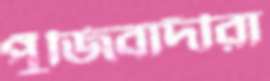
পুঁজিবাদীরা